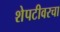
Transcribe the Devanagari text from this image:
शेपटीवरचा